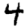
Digit: 4